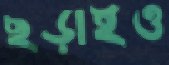
ছড়াইও